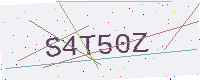
Text: S4T50Z